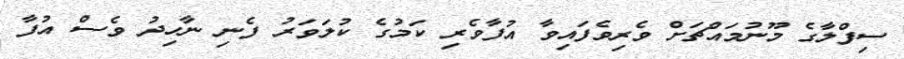
ސިފްލާގެ މޫނުމައްޗަށް ވެރިވެފައިވާ އުފާވެރި ކަމުގެ ކުލަވަރު ފެނި ނާހިދު ވެސް އުފާ